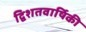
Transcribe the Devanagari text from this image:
द्विशतवार्षिकी